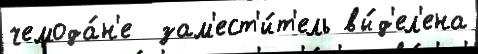
чемода́н'е  зам'ест'и́т'ель вы́д'ел'ена